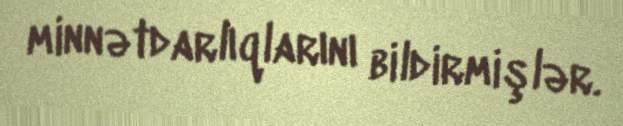
minnətdarlıqlarını bildirmişlər.